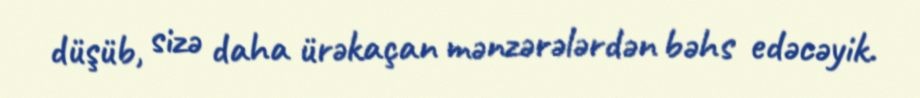
düşüb, sizə daha ürəkaçan mənzərələrdən bəhs edəcəyik.